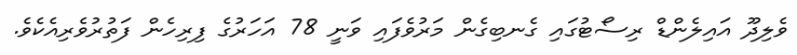
ވެލިދޫ އައިލެންޑް ރިސޯޓުގައި ގެނބިގެން މަރުވެފައި ވަނީ 78 އަހަރުގެ ފިރިހެން ފަތުރުވެރިއެކެވެ.